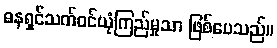
ဓနရှင်သက်ဝင်ယုံကြည်မှုသာ ဖြစ်ပေသည်။